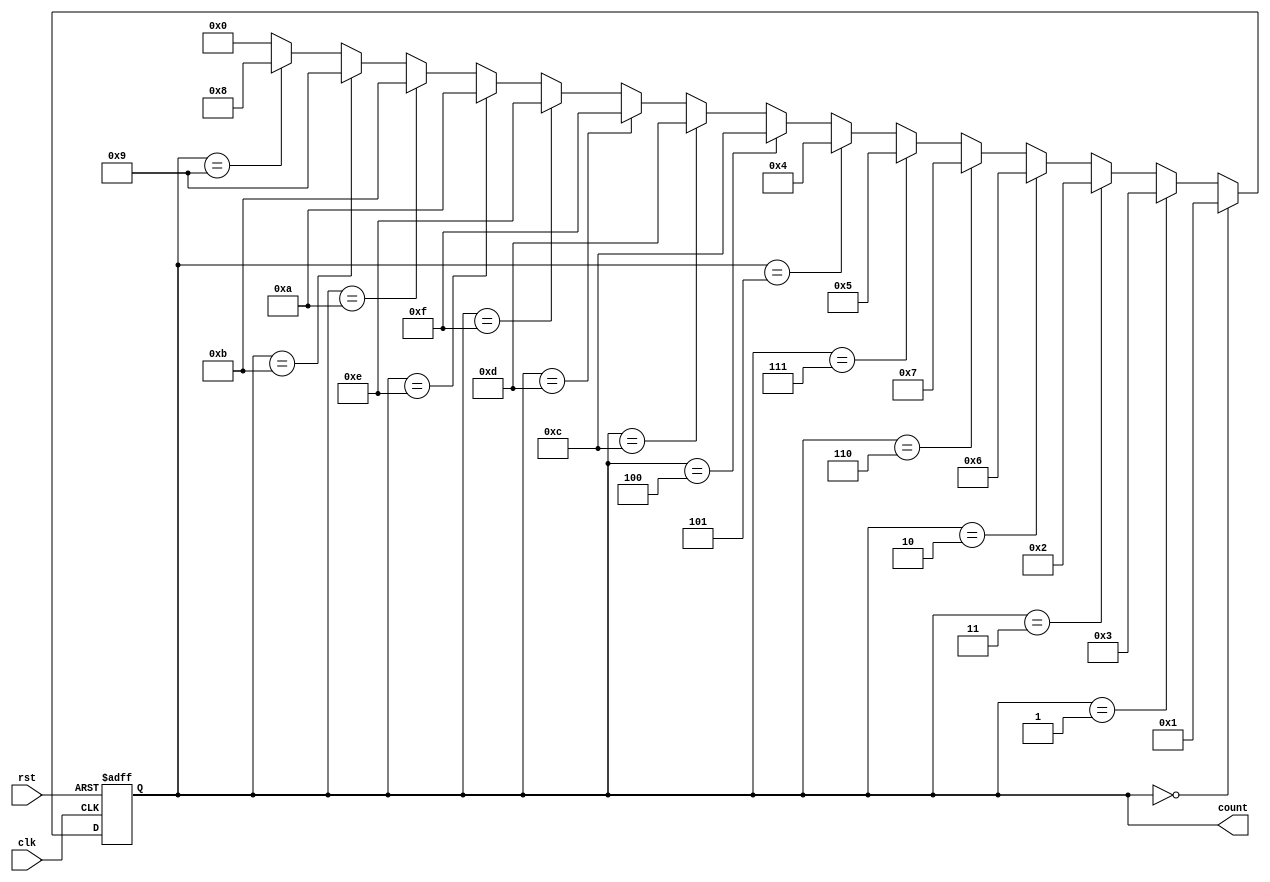
module gray_counter(
    input wire clk,  // Clock input
    input wire rst,  // Reset input
    output reg [3:0] count  // 4-bit Gray code counter output
);

// Internal flip-flops for Gray code counter
reg [3:0] q;

// Gray code counter logic
always @(posedge clk or posedge rst) begin
    if (rst) begin
        q <= 4'b0000;  // Reset to 0
    end else begin
        // Gray code sequence: 0000 -> 0001 -> 0011 -> 0010 -> 0110 -> 0111 -> 0101 -> 0100 -> 1100 -> 1101 -> 1111 -> 1110 -> 1010 -> 1011 -> 1001 -> 1000 -> repeat
        if (q == 4'b0000) q <= 4'b0001;
        else if (q == 4'b0001) q <= 4'b0011;
        else if (q == 4'b0011) q <= 4'b0010;
        else if (q == 4'b0010) q <= 4'b0110;
        else if (q == 4'b0110) q <= 4'b0111;
        else if (q == 4'b0111) q <= 4'b0101;
        else if (q == 4'b0101) q <= 4'b0100;
        else if (q == 4'b0100) q <= 4'b1100;
        else if (q == 4'b1100) q <= 4'b1101;
        else if (q == 4'b1101) q <= 4'b1111;
        else if (q == 4'b1111) q <= 4'b1110;
        else if (q == 4'b1110) q <= 4'b1010;
        else if (q == 4'b1010) q <= 4'b1011;
        else if (q == 4'b1011) q <= 4'b1001;
        else if (q == 4'b1001) q <= 4'b1000;
        else q <= 4'b0000;  // Reset back to 0
    end
end

// Output the Gray code counter
assign count = q;

endmodule